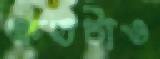
ক্ষতটাও